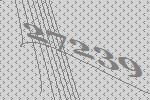
27239